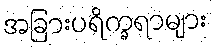
အခြားပရိက္ခရာများ